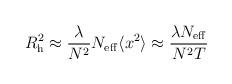
LaTeX: \begin{align*}R_{\rm h}^2 \approx {\lambda \over N^2} N_{\rm eff} \langle x^2 \rangle\approx {\lambda N_{\rm eff} \over N^2 T}\end{align*}